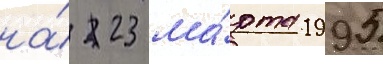
на́ 23 ма́рта 1995